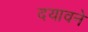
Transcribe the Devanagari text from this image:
दयावने